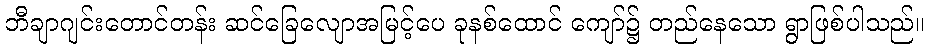
ဘီချာဂျင်းတောင်တန်း ဆင်ခြေလျောအမြင့်ပေ ခုနစ်ထောင် ကျော်၌ တည်နေသော ရွာဖြစ်ပါသည်။